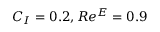
C _ { I } = 0 . 2 , R e ^ { E } = 0 . 9